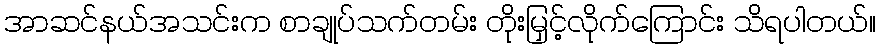
အာဆင်နယ်အသင်းက စာချုပ်သက်တမ်း တိုးမြှင့်လိုက်ကြောင်း သိရပါတယ်။